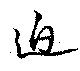
迫